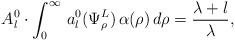
LaTeX: \begin{align*}A_l^0\cdot\int_0^\infty\,a_l^0(\Psi_\rho^L)\,\alpha(\rho)\,d\rho=\frac{\lambda+l}{\lambda},\end{align*}